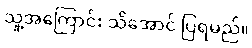
သူ့အကြောင်း သိအောင် ပြရမည်။